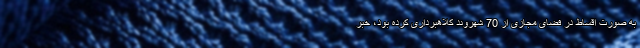
به صورت اقساط در فضای مجازی از 70 شهروند کلاهبرداری کرده بود، خبر